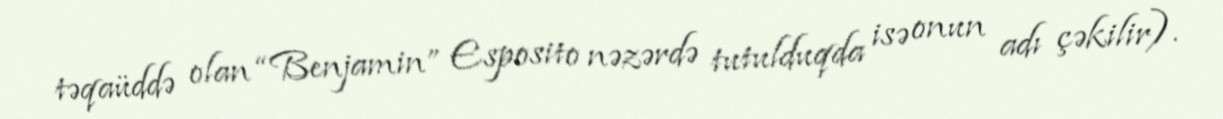
təqaüddə olan “Benjamin” Esposito nəzərdə tutulduqda isə onun adı çəkilir).